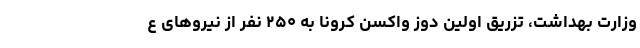
وزارت بهداشت، تزریق اولین دوز واکسن کرونا به ۲۵۰ نفر از نیروهای ع